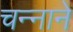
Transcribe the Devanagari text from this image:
चन्‍नाने